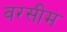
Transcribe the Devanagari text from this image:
वरसीम